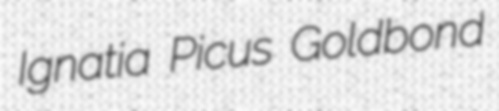
Ignatia Picus Goldbond